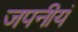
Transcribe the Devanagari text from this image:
जपनीयं